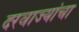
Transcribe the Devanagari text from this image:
दरवाज्यांचा